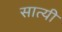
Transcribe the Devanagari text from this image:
सात्यी